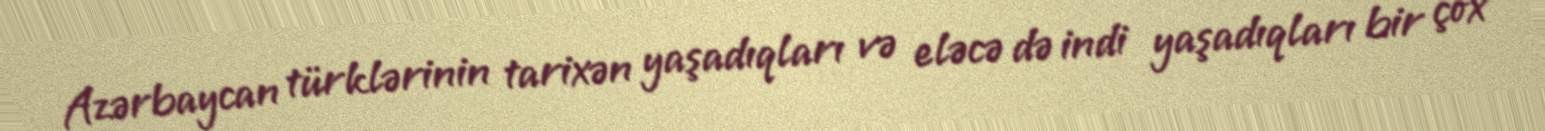
Azərbaycan türklərinin tarixən yaşadıqları və eləcə də indi yaşadıqları bir çox